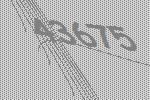
43675